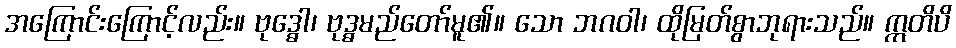
အကြောင်းကြောင့်လည်း။ ဗုဒ္ဓေါ၊ ဗုဒ္ဓမည်တော်မူ၏။ သော ဘဂဝါ၊ ထိုမြတ်စွာဘုရားသည်။ ဣတိပိ